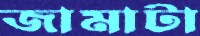
জামাটা